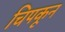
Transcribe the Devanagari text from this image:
चिपकून